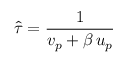
\hat { \tau } = \frac { 1 } { v _ { p } + \beta \, u _ { p } }